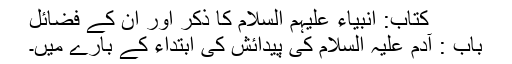
کتاب: انبیاء علیہم السلام کا ذکر اور ان کے فضائل
باب : آدم علیہ السلام کی پیدائش کی ابتداء کے بارے میں۔